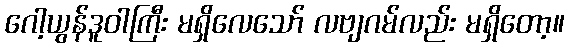
ဂေါ့ယွန်ဒူဝါကြီး မရှိလေသော် လဗျဂမ်လည်း မရှိတော့။